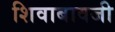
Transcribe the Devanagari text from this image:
शिवाबावजी